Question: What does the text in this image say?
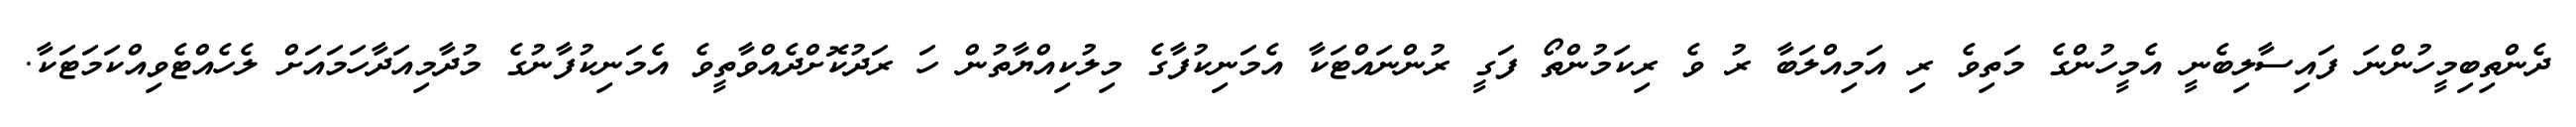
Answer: ދެންތިބިމީހުންނަ ފައިސާލިބެނީ އެމީހުންގެ މަތިވެ ރި އަމިއްލަބާ ރު ވެ ރިކަމުންތޯ ފަގީ ރުންނައްޓަކާ އެމަނިކުފާގެ މިލުކިއްޔާތުން ހަ ރަދުކޮށްދެއްވާތީވެ އެމަނިކުފާނުގެ މުދާމިއަދާހަމައަށް ލެހެއްޓެވިއްކަމަޓަކާ.